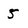
Character: 5